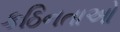
કઠિનતાઓ